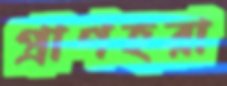
প্রাণহরা